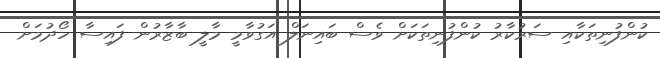
ކުންފުނިތަކާއި ސަރުކާރު ކުންފުނިތަކަށް ވެސް ބައިނަލް އަގުވާމީ މާލީ ބާޒާރުން ފައިސާ ހޯދުމަށް